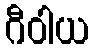
ဂီဝါယ